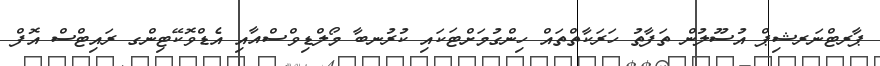
ޕާރޓްނަރޝިޕް އުސޫލުން ތަފާތު ހަރަކާތްތައް ހިންގުމަށްޓަކައި ކުރުނބާ މޯލްޑިވްސްއާއި އެޑްވޮކޭޓިންގ ރައިޓްސް އޮފް